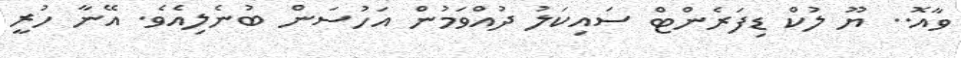
ވާއޮ.. ޔޫ ލުކް ޑިފަރެންޓް ސައިކަލު ދުއްވަމުން އަހުސަން ބުނެލިއެވެ. އޭނާ ހުރީ